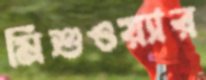
মিশুওয়্যার